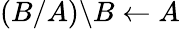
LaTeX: (B/A)\backslash B\leftarrow A